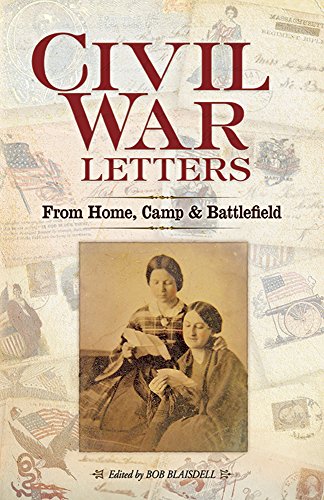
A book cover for Civil War Letters: From Home, Camp and Battlefield; Literature & Fiction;